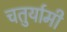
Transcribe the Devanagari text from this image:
चतुर्यामी